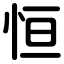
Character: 恒